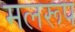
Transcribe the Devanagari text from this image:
मलरूप